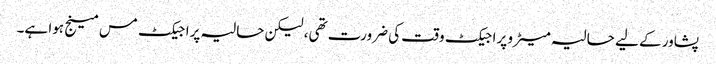
پشاور کے لیے حالیہ میٹرو پراجیکٹ وقت کی ضرورت تھی، لیکن حالیہ پراجیکٹ مس مینج ہوا ہے۔